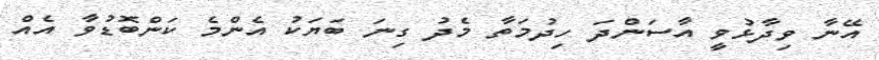
އޭނާ ވިދާޅުވީ އާސަންދަ ހިދުމަތާ މެދު ގިނަ ބަޔަކު އެންމެ ކަންބޮޑުވާ އެއް